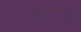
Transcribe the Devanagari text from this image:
जटावर्मन